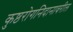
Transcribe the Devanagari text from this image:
कुष्ठरोगनिदानावरील